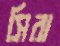
সিরা